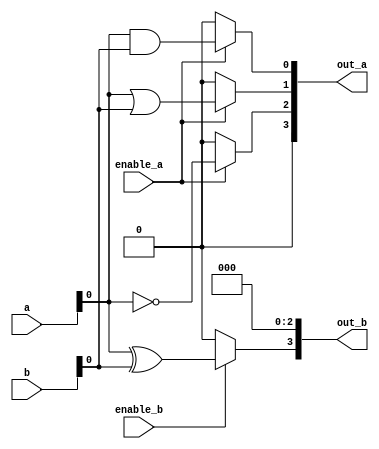
module adjacency_group (
    // Input signals
    input wire [3:0] a,        // Input vector
    input wire [3:0] b,        // Input vector
    input wire enable_a,       // Control signal for Group A
    input wire enable_b,       // Control signal for Group B
    output wire [3:0] out_a,   // Output from Group A
    output wire [3:0] out_b    // Output from Group B
);

    // Intermediate signals for Group A
    wire and_out;
    wire or_out;
    wire not_out;

    // Group A: AND, OR, NOT logic functions
    assign and_out = enable_a ? (a & b) : 4'b0000; // AND operation
    assign or_out  = enable_a ? (a | b) : 4'b0000; // OR operation
    assign not_out = enable_a ? ~a : 4'b0000;      // NOT operation

    // Group A Output
    assign out_a = {not_out, or_out, and_out};

    // Group B: More complex logic functions can be added here
    // Just as a placeholder example, let's implement basic XOR
    wire xor_out;
    assign xor_out = enable_b ? (a ^ b) : 4'b0000; // XOR operation

    // Group B Output
    assign out_b = {xor_out, 3'b000}; // Output only the XOR result

endmodule